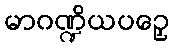
မာဂဏ္ဍိယပဉှေ